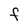
Character: F